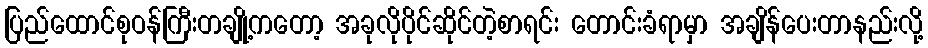
ပြည်ထောင်စုဝန်ကြီးတချို့ကတော့ အခုလိုပိုင်ဆိုင်တဲ့စာရင်း တောင်းခံရာမှာ အချိန်ပေးတာနည်းလို့